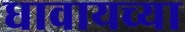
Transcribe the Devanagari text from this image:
धावायच्या